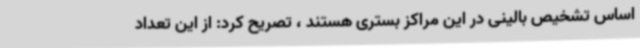
اساس تشخیص بالینی در این مراکز بستری هستند ، تصریح کرد: از این تعداد